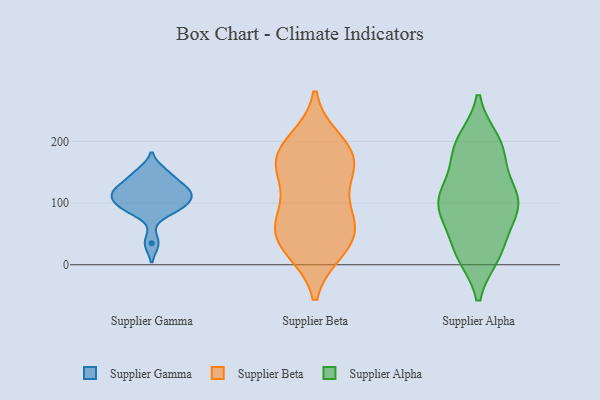
{"axis": {"x": "Active Users", "y": "Value"}, "legend": ["Supplier Alpha", "Supplier Beta", "Supplier Gamma"], "data": [{"x": "", "y": 121, "type": "Supplier Gamma"}, {"x": "", "y": 92, "type": "Supplier Gamma"}, {"x": "", "y": 35, "type": "Supplier Gamma"}, {"x": "", "y": 91, "type": "Supplier Gamma"}, {"x": "", "y": 111, "type": "Supplier Gamma"}, {"x": "", "y": 120, "type": "Supplier Gamma"}, {"x": "", "y": 92, "type": "Supplier Gamma"}, {"x": "", "y": 109, "type": "Supplier Gamma"}, {"x": "", "y": 144, "type": "Supplier Gamma"}, {"x": "", "y": 151, "type": "Supplier Gamma"}, {"x": "", "y": 125, "type": "Supplier Gamma"}, {"x": "", "y": 153, "type": "Supplier Beta"}, {"x": "", "y": 200, "type": "Supplier Beta"}, {"x": "", "y": 128, "type": "Supplier Beta"}, {"x": "", "y": 74, "type": "Supplier Beta"}, {"x": "", "y": 75, "type": "Supplier Beta"}, {"x": "", "y": 62, "type": "Supplier Beta"}, {"x": "", "y": 25, "type": "Supplier Beta"}, {"x": "", "y": 188, "type": "Supplier Beta"}, {"x": "", "y": 181, "type": "Supplier Beta"}, {"x": "", "y": 24, "type": "Supplier Beta"}, {"x": "", "y": 169, "type": "Supplier Beta"}, {"x": "", "y": 158, "type": "Supplier Beta"}, {"x": "", "y": 66, "type": "Supplier Beta"}, {"x": "", "y": 34, "type": "Supplier Beta"}, {"x": "", "y": 105, "type": "Supplier Alpha"}, {"x": "", "y": 68, "type": "Supplier Alpha"}, {"x": "", "y": 114, "type": "Supplier Alpha"}, {"x": "", "y": 200, "type": "Supplier Alpha"}, {"x": "", "y": 21, "type": "Supplier Alpha"}, {"x": "", "y": 119, "type": "Supplier Alpha"}, {"x": "", "y": 176, "type": "Supplier Alpha"}, {"x": "", "y": 121, "type": "Supplier Alpha"}, {"x": "", "y": 17, "type": "Supplier Alpha"}, {"x": "", "y": 96, "type": "Supplier Alpha"}, {"x": "", "y": 23, "type": "Supplier Alpha"}, {"x": "", "y": 196, "type": "Supplier Alpha"}, {"x": "", "y": 81, "type": "Supplier Alpha"}, {"x": "", "y": 18, "type": "Supplier Alpha"}, {"x": "", "y": 177, "type": "Supplier Alpha"}, {"x": "", "y": 94, "type": "Supplier Alpha"}, {"x": "", "y": 97, "type": "Supplier Alpha"}, {"x": "", "y": 195, "type": "Supplier Alpha"}]}